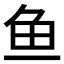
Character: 鱼